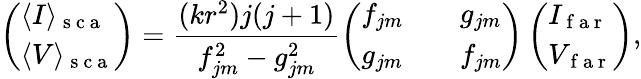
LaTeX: \left(\begin{array}{l}{\langle I\rangle_{\mathrm{~s~c~a~}}}\\ {\langle V\rangle_{\mathrm{~s~c~a~}}}\end{array}\right)=\frac{(kr^{2})j(j+1)}{f_{jm}^{2}-g_{jm}^{2}}\left(\begin{array}{lll}{f_{jm}}&{}&{g_{jm}}\\ {g_{jm}}&{}&{f_{jm}}\end{array}\right)\left(\begin{array}{l}{I_{\mathrm{~f~a~r~}}}\\ {V_{\mathrm{~f~a~r~}}}\end{array}\right),